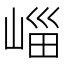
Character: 崰